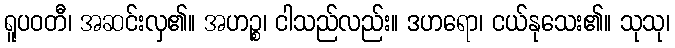
ရူပဝတီ၊ အဆင်းလှ၏။ အဟဉ္စ၊ ငါသည်လည်း။ ဒဟရော၊ ငယ်နုသေး၏။ သုသု၊